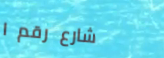
شارع رقم ١